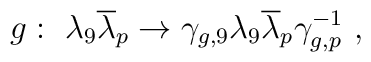
g:~\lambda_9{\overline \lambda}_p \rightarrow \gamma_{g,9}\lambda_9{\overline \lambda}_p \gamma_{g,p}^{-1}~,